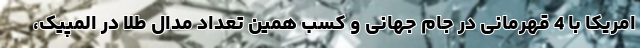
امریکا با 4 قهرمانی در جام جهانی و کسب همین تعداد مدال طلا در المپیک،